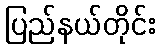
ပြည်နယ်တိုင်း